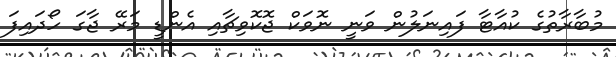
މުބާރާތުގެ ކުއާޓާ ފައިނަލުން ވަނީ ނޮވަކް ޖޮކޮވިޗާއި އެންޑީ މަރޭ ޖާގަ ހޯދައިފަ